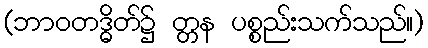
(ဘာဝတဒ္ဓိတ်၌ တ္တန ပစ္စည်းသက်သည်။)